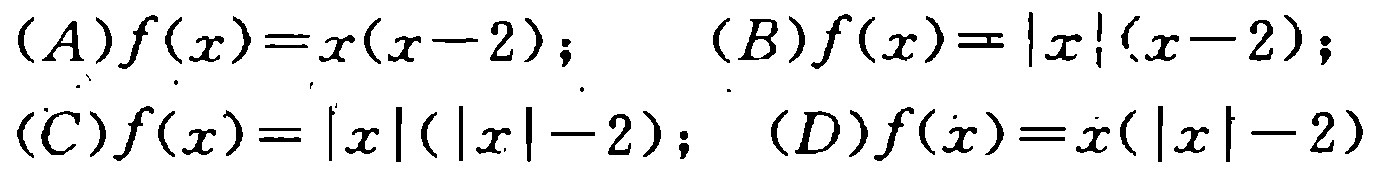
\((A)f(x)=x(x - 2);\quad (B)f(x)=|x|(x - 2);\)

\((C)f(x)=|x|(|x|-2);\quad (D)f(x)=x(|x|-2)\)